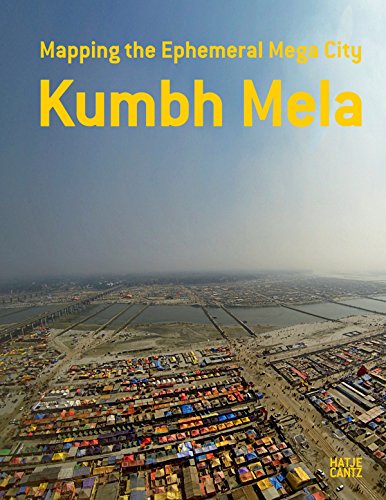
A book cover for Kumbh Mela: Mapping the Ephemeral Mega City; Tarun Khanna; Arts & Photography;